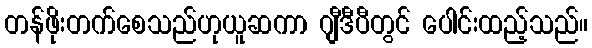
တန်ဖိုးတက်စေသည်ဟုယူဆကာ ဂျီဒီပီတွင် ပေါင်းထည့်သည်။